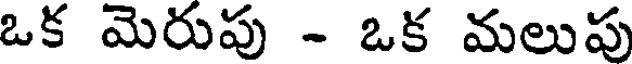
ఒక మెరుపు - ఒక మలుపు